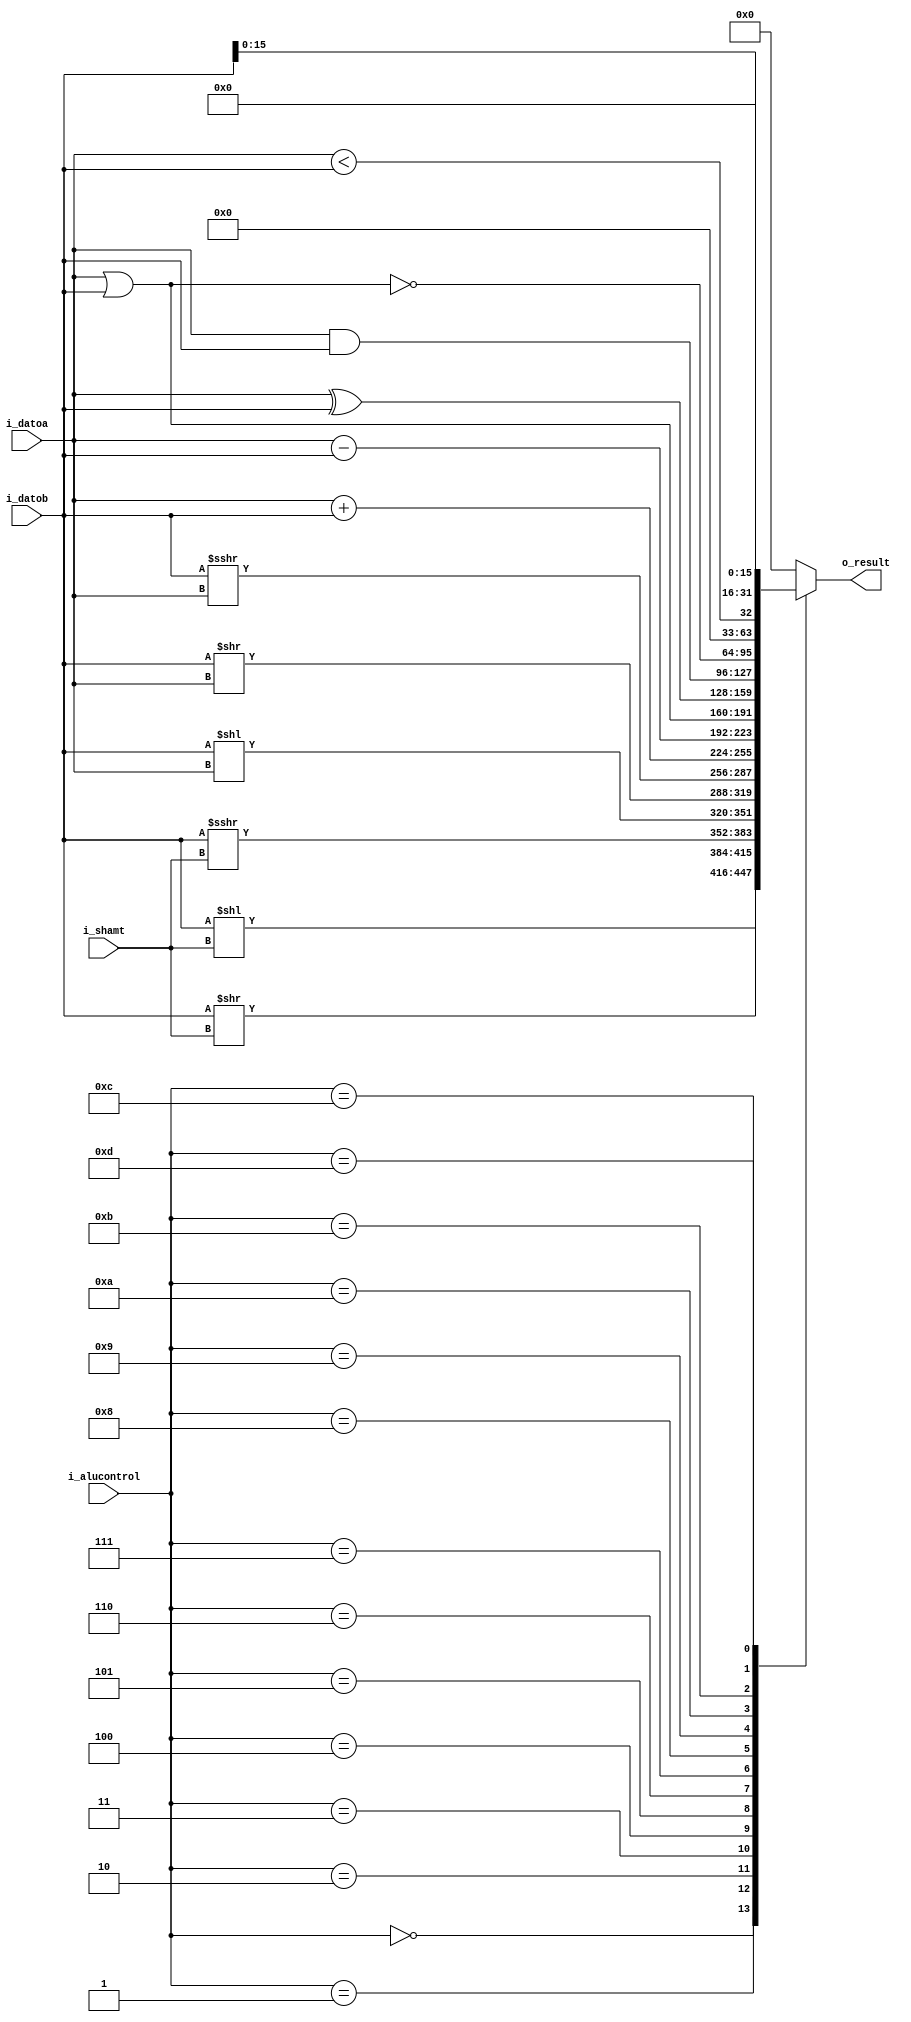
`timescale 1ns / 1ps
//////////////////////////////////////////////////////////////////////////////////
// Company: UNC FCEFyN
// 
// Design Name: 
// Module Name: ALU
// Project Name: MIPS
// Target Devices: 
// Tool Versions: 
// Description: 
// 
// Dependencies: 
// 
// Revision:
// Revision 0.01 - File Created
// Additional Comments:
// 
//////////////////////////////////////////////////////////////////////////////////


module ALU
#(
  //PARAMETERS
  parameter   SIZEDATA = 32,
              SIZEOP = 6,
              SIZESA = 5
)
(
  //INPUTS
  input signed  [SIZEDATA - 1:0]    i_datoa,
  input signed  [SIZEDATA - 1:0]    i_datob,
  input         [SIZESA - 1:0]      i_shamt,
  input         [3:0]               i_alucontrol,
  //OUTPUTS
  output reg    [SIZEDATA - 1:0]    o_result
);
  
  //OPERATIONS
  //R-TYPE
  localparam [SIZEOP - 1:0]     SLL   = 4'b0000;
  localparam [SIZEOP - 1:0]     SRL   = 4'b0001;
  localparam [SIZEOP - 1:0]     SRA   = 4'b0010;
  localparam [SIZEOP - 1:0]     SLLV  = 4'b0011;
  localparam [SIZEOP - 1:0]     SRLV  = 4'b0100;
  localparam [SIZEOP - 1:0]     SRAV  = 4'b0101;
  localparam [SIZEOP - 1:0]     ADDU  = 4'b0110;
  localparam [SIZEOP - 1:0]     SUBU  = 4'b0111;
  localparam [SIZEOP - 1:0]     OR    = 4'b1000;
  localparam [SIZEOP - 1:0]     XOR   = 4'b1001;
  localparam [SIZEOP - 1:0]     AND   = 4'b1010;
  localparam [SIZEOP - 1:0]     NOR   = 4'b1011;
  localparam [SIZEOP - 1:0]     SLT   = 4'b1100;
  //I-TYPE
  localparam [SIZEOP - 1:0]     LUI   = 4'b1101;

  always@(*)
    begin
      case(i_alucontrol)
        SLL:      o_result = i_datob << i_shamt;
        SRL:      o_result = i_datob >> i_shamt;
        SRA:      o_result = i_datob >>> i_shamt;
        SLLV:     o_result = i_datob << i_datoa;
        SRLV:     o_result = i_datob >> i_datoa;
        SRAV:     o_result = i_datob >>> i_datoa;
        ADDU:     o_result = i_datoa + i_datob;
        SUBU:     o_result = i_datoa - i_datob;
        OR:       o_result = i_datoa | i_datob;
        XOR:      o_result = i_datoa ^ i_datob;
        AND:      o_result = i_datoa & i_datob;
        NOR:      o_result = ~(i_datoa | i_datob);
        SLT:      o_result = i_datoa < i_datob;
        LUI:      o_result = i_datob << 16;
        default:  o_result = 0;
      endcase
    end
endmodule